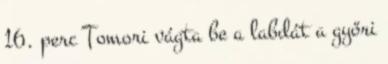
16. perc Tomori vágta be a labdát a győri